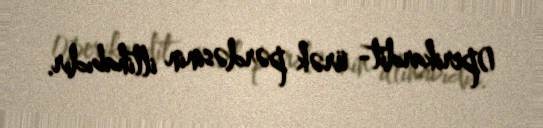
1)perikardit- ürək pərdəsinin iltihabıdır.